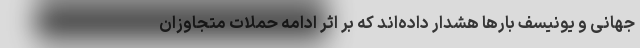
جهانی و یونیسف بارها هشدار داده‌اند که بر اثر ادامه حملات متجاوزان